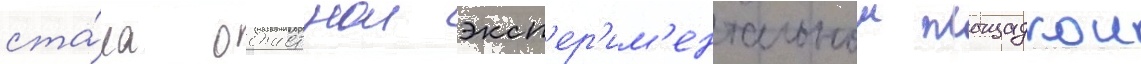
ста́ла областнои эксп'ер'им'ентальнои площадкои